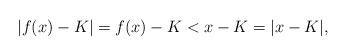
LaTeX: \begin{align*}|f(x)-K| = f(x)-K < x-K = |x-K|,\end{align*}